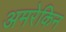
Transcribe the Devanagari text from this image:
अमरेकिन